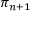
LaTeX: \pi _ { n + 1 }